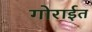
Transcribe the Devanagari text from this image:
गोराईत